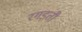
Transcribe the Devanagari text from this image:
रगड़ती